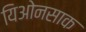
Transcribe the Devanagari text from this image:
यिओनसाक